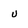
Character: u